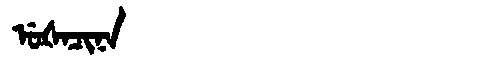
Manchu: ᡠᡧᠠᠴᡳᠨᠠ
Romanization: UŠACINA